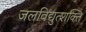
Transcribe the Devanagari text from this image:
जलविद्युत्शक्ति